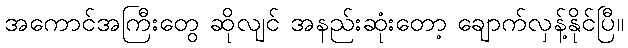
အကောင်အကြီးတွေ ဆိုလျင် အနည်းဆုံးတော့ ချောက်လှန့်နိုင်ပြီ။